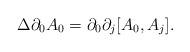
LaTeX: \begin{align*}\Delta \partial_0 A_0 = \partial_0 \partial_j [ A_0,A_j].\end{align*}